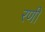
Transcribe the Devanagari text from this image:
रणीं